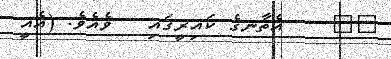
١٥    އެތާނގެ ކައިރީގައި   ވެއެވެ. (އެއީ